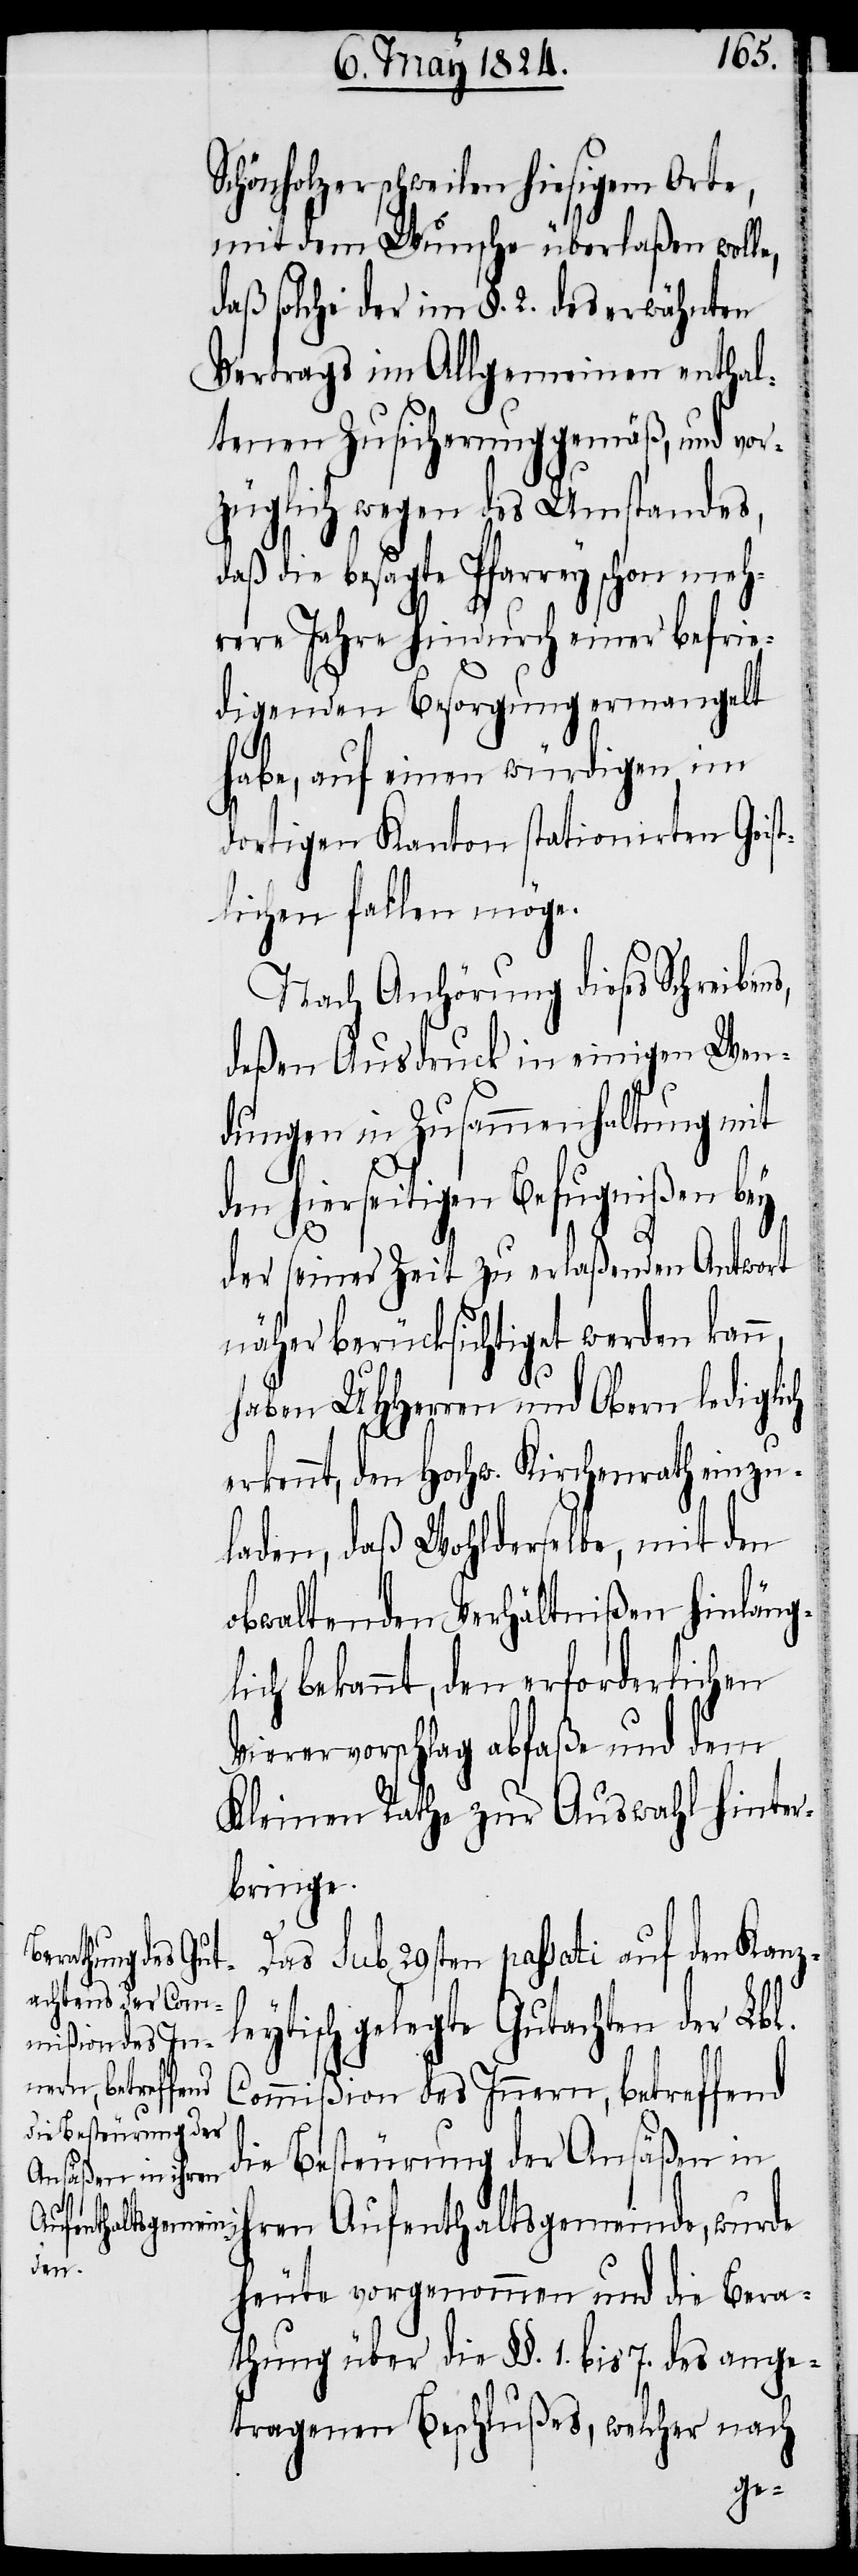
Schönholzerschweilen hiesigem Orte,
mit dem Wunsche überlaßen woll¬
daß solche der im §. 2. des erwähnten
Vertrags im Allgemeinen enthal¬
tenen Zusicherung gemäß, und vor¬
züglich wegen des Umstandes,
daß die besagte Pfarrey schon meh¬
rere Jahre hindurch einer befrie¬
digenden Besorgung ermangelt
habe, auf einen würdigen, im
dortigen Kanton stationirten Geist¬
lichen fallen möge.
Nach Anhörung dieses Schreiben¬
deßen Ausdruck in einigen Wen¬
dungen in Zusammenhaltung mit
den hierseitigen Befugnißen bey
der seiner Zeit zu erlaßenden Antwort
näher berücksichtiget werden kann,
haben UHHerren und Obern lediglich
rkennt, dem Hochw. Kirchenrath einzu¬
laden, daß Wohlderselbe, mit den
obwaltenden Verhältnißen hinläng¬
lich bekannt, den erforderlichen
Vierervorschlag abfaße und dem
Kleinen Rathe zur Auswahl hinter¬
bringe.
Das sub 29sten passati auf den Kanzl¬
eytisch gelegte Gutachten der Lbl.
Commißion des Innern, betreffend
die Besteurung der Ansäßen in
hren Aufenthaltsgemeinde, wurde
heute vorgenommen und die Bera¬
thung über die §§. 1. bis 7. des ange¬
tragenen Beschlußes, welcher nach
e¬

i¬